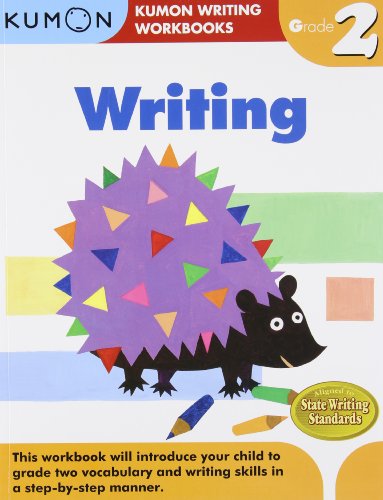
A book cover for Grade 2 Writing (Kumon Writing Workbooks); Kumon Publishing; Children's Books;